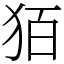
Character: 㹮